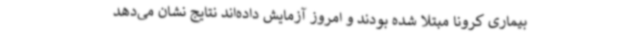
بیماری کرونا مبتلا شده بودند و امروز آزمایش داده‌اند نتایج نشان می‌دهد